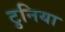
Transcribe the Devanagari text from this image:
टुनिया